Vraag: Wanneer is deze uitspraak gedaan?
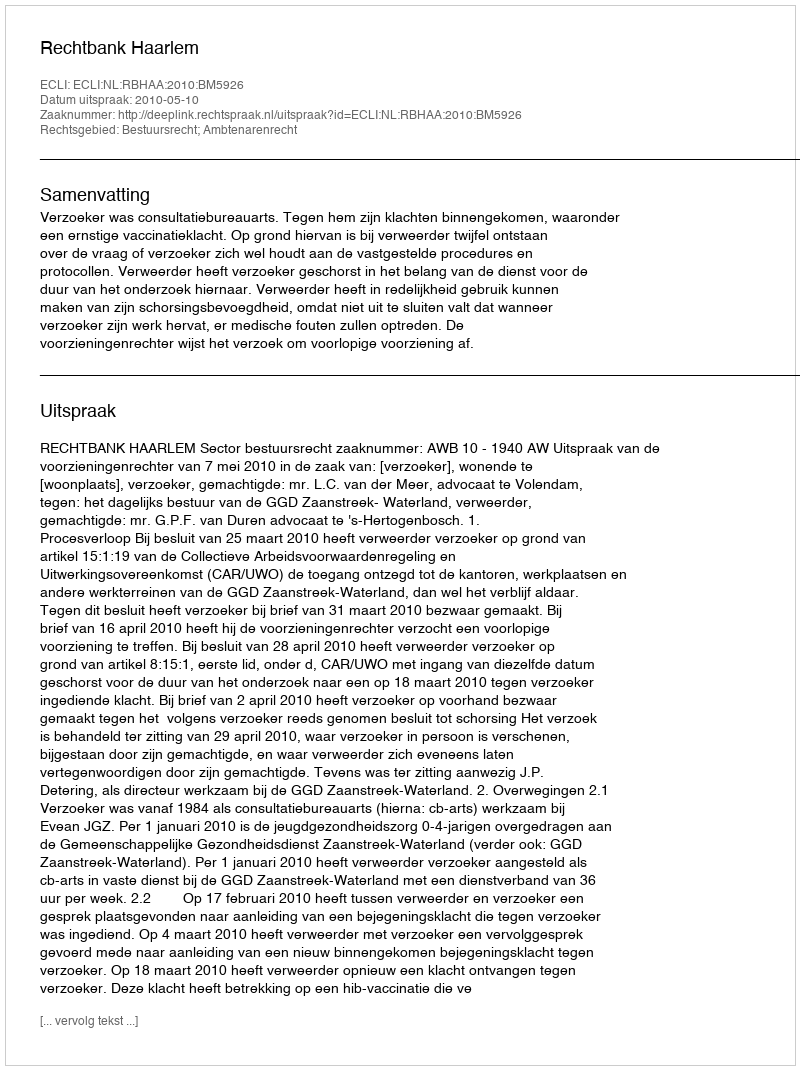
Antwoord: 2010-05-10